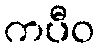
ကပီဝ